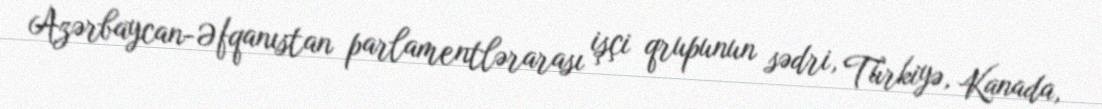
Azərbaycan-Əfqanıstan parlamentlərarası işçi qrupunun sədri, Türkiyə, Kanada,